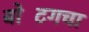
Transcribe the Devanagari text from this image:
बोटिंगचा